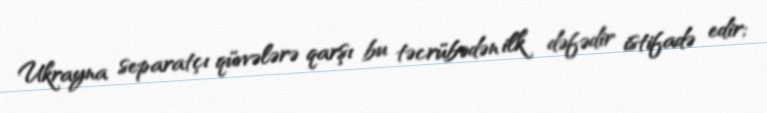
Ukrayna separatçı qüvvələrə qarşı bu təcrübədən ilk dəfədir istifadə edir;